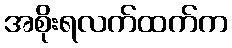
အစိုးရလက်ထက်က